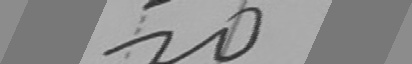
2 0